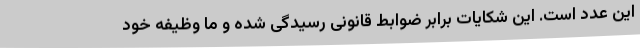
این عدد است. این شکایات برابر ضوابط قانونی رسیدگی شده و ما وظیفه خود